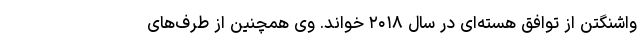
واشنگتن از توافق هسته‌ای در سال ۲۰۱۸ خواند. وی همچنین از طرف‌های